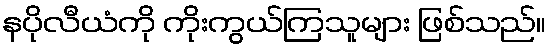
နပိုလီယံကို ကိုးကွယ်ကြသူများ ဖြစ်သည်။